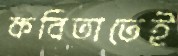
কবিতাতেই